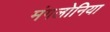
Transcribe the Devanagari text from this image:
मंगलोनिया